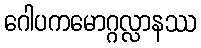
ဂေါပကမောဂ္ဂလ္လာနဿ